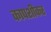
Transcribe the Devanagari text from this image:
कापशीकर